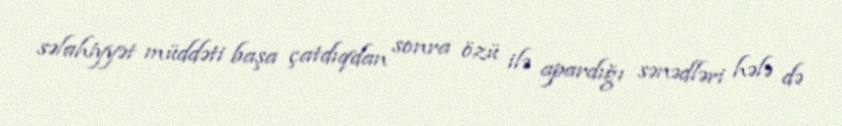
səlahiyyət müddəti başa çatdıqdan sonra özü ilə apardığı sənədləri hələ də